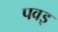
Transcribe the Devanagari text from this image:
पवइ